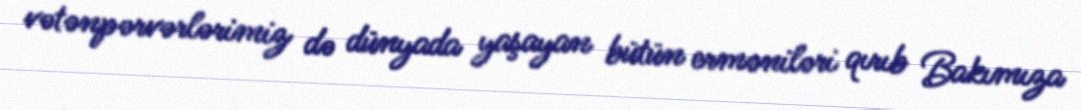
vətənpərvərlərimiz də dünyada yaşayan bütün erməniləri qırıb Bakımıza